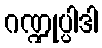
ဂဏ္ဍုပ္ပါဒါ